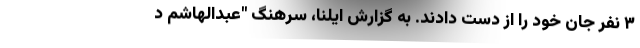
۳ نفر جان خود را از دست دادند. به گزارش ایلنا، سرهنگ "عبدالهاشم د